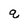
Character: q